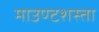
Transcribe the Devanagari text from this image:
माउण्टशस्ता